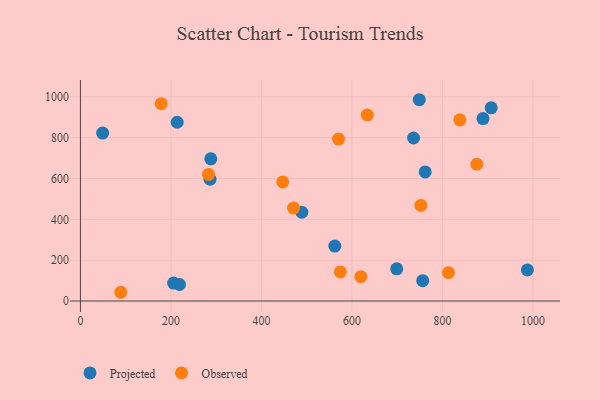
{"axis": {"x": "Ad Spend", "y": "Rating"}, "legend": ["Observed", "Projected"], "data": [{"x": "699.1", "y": 157.9, "type": "Projected"}, {"x": "213.9", "y": 875.6, "type": "Projected"}, {"x": "562.2", "y": 269.1, "type": "Projected"}, {"x": "987.8", "y": 152.2, "type": "Projected"}, {"x": "206.0", "y": 87.9, "type": "Projected"}, {"x": "288.2", "y": 696.4, "type": "Projected"}, {"x": "907.8", "y": 946.0, "type": "Projected"}, {"x": "748.9", "y": 985.9, "type": "Projected"}, {"x": "736.3", "y": 798.4, "type": "Projected"}, {"x": "489.3", "y": 435.0, "type": "Projected"}, {"x": "49.1", "y": 822.6, "type": "Projected"}, {"x": "889.7", "y": 893.5, "type": "Projected"}, {"x": "286.5", "y": 596.5, "type": "Projected"}, {"x": "762.0", "y": 632.4, "type": "Projected"}, {"x": "219.0", "y": 81.0, "type": "Projected"}, {"x": "756.5", "y": 99.8, "type": "Projected"}, {"x": "89.4", "y": 42.8, "type": "Observed"}, {"x": "752.4", "y": 468.3, "type": "Observed"}, {"x": "283.2", "y": 619.9, "type": "Observed"}, {"x": "634.0", "y": 910.8, "type": "Observed"}, {"x": "570.5", "y": 793.2, "type": "Observed"}, {"x": "813.5", "y": 138.6, "type": "Observed"}, {"x": "574.5", "y": 142.4, "type": "Observed"}, {"x": "471.0", "y": 455.4, "type": "Observed"}, {"x": "876.2", "y": 669.8, "type": "Observed"}, {"x": "447.2", "y": 583.5, "type": "Observed"}, {"x": "619.9", "y": 119.0, "type": "Observed"}, {"x": "838.6", "y": 887.6, "type": "Observed"}, {"x": "178.6", "y": 966.6, "type": "Observed"}]}